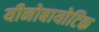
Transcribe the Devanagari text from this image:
यीनोबायोटिक